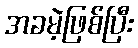
အခမဲ့ဖြစ်ပြီး